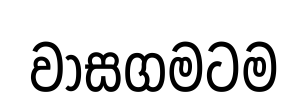
වාසගමටම